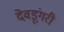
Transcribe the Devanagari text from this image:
देवडूंगरी